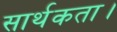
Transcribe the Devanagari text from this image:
सार्थकता।